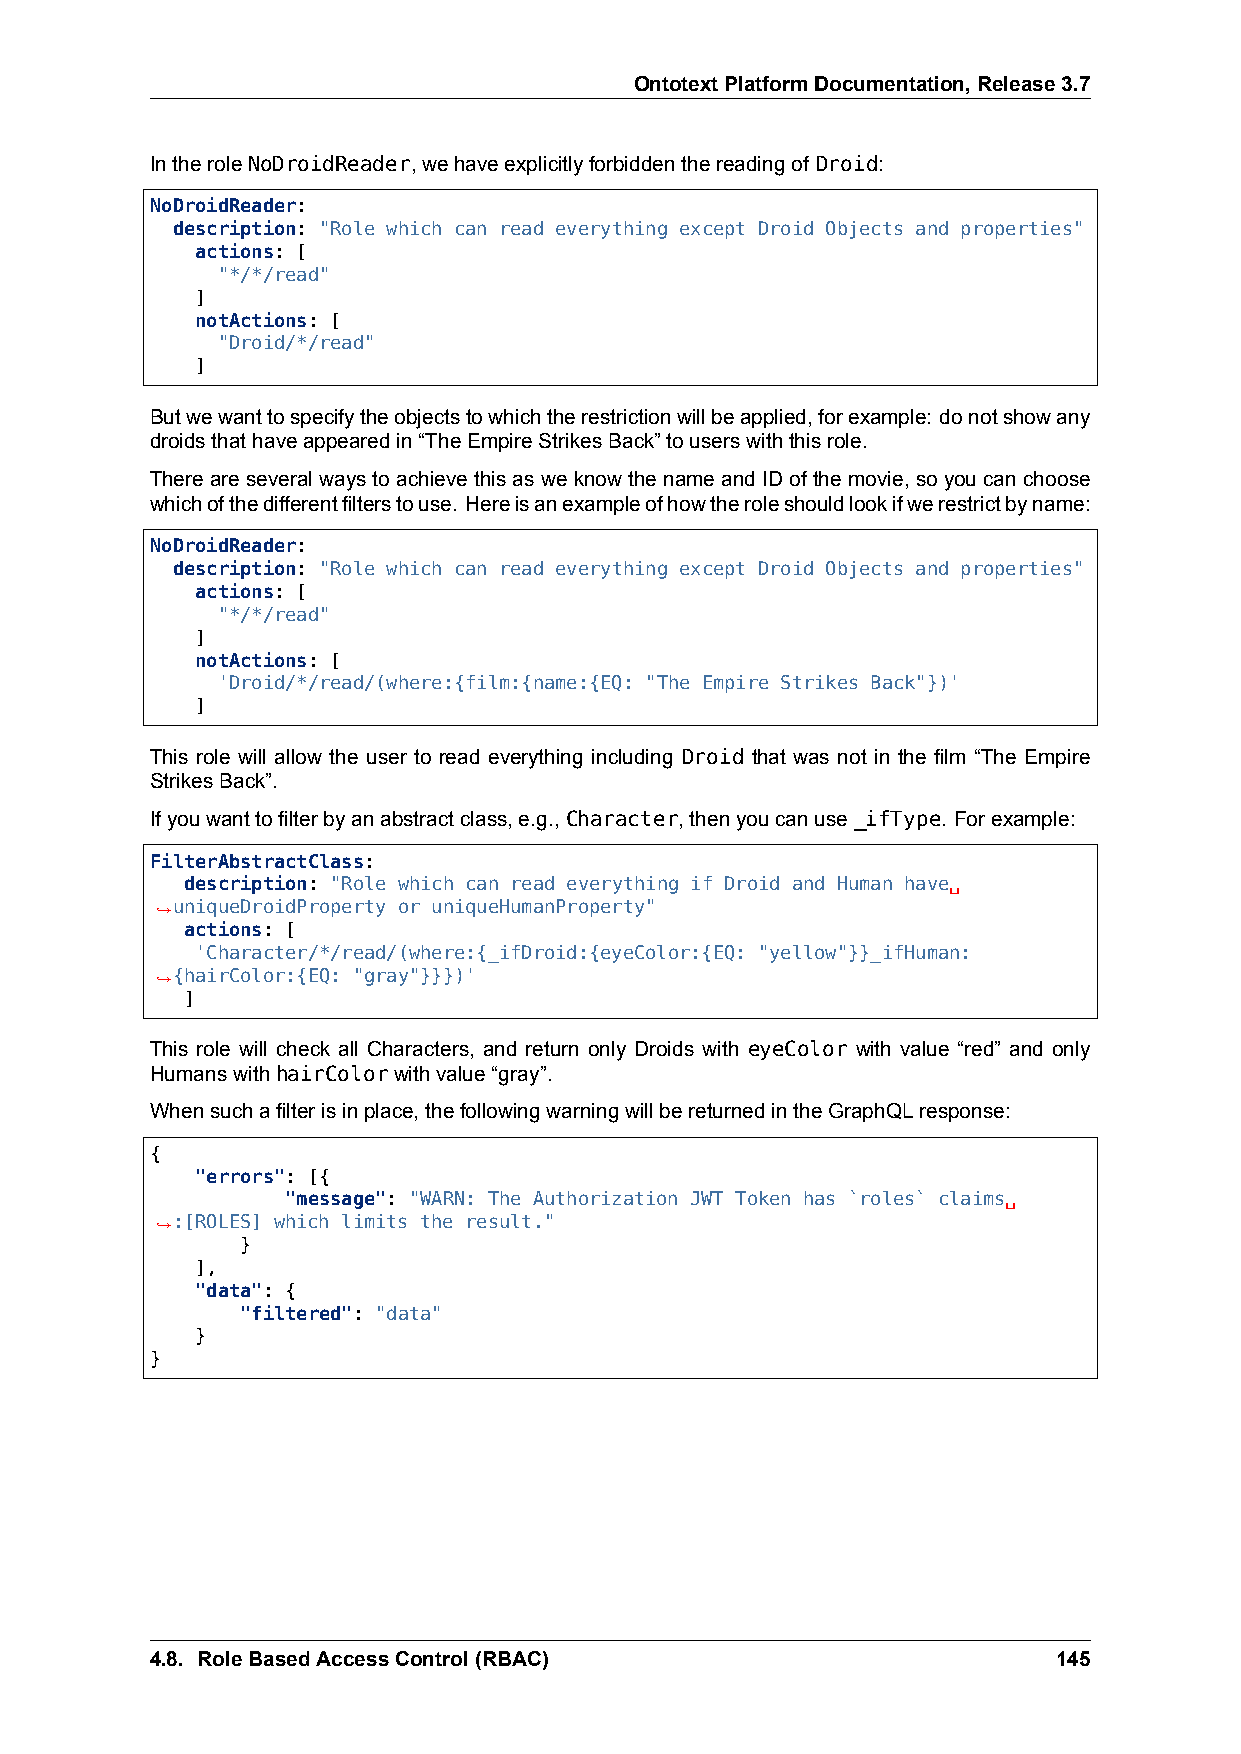
OntotextPlatformDocumentation,Release3.7
 IntheroleNoDroidReader,wehaveexplicitlyforbiddenthereadingof Droid:
 NoDroidReader:
 description: "Role which can read everything except Droid Objects and properties"
 actions: [
 "*/*/read"
 ]
 notActions: [
 "Droid/*/read"
 ]
 Butwewanttospecifytheobjectstowhichtherestrictionwillbeapplied,forexample: donotshowany
 droidsthathaveappearedin“TheEmpireStrikesBack”touserswiththisrole.
 ThereareseveralwaystoachievethisasweknowthenameandIDofthemovie, soyoucanchoose
 whichofthedifferentfilterstouse. Hereisanexampleofhowtheroleshouldlookifwerestrictbyname:
 NoDroidReader:
 description: "Role which can read everything except Droid Objects and properties"
 actions: [
 "*/*/read"
 ]
 notActions: [
 'Droid/*/read/(where:{film:{name:{EQ: "The Empire Strikes Back"})'
 ]
 This role will allow the user to read everything including Droid that was not in the film “The Empire
 StrikesBack”.
 Ifyouwanttofilterbyanabstractclass,e.g.,Character,thenyoucanuse_ifType. Forexample:
 FilterAbstractClass:
 description: "Role which can read everything if Droid and Human have␣
 ,→uniqueDroidProperty or uniqueHumanProperty"
 actions: [
 'Character/*/read/(where:{_ifDroid:{eyeColor:{EQ: "yellow"}}_ifHuman:
 ,→{hairColor:{EQ: "gray"}}})'
 ]
 This role will check all Characters, and return only Droids with eyeColor with value “red” and only
 HumanswithhairColorwithvalue“gray”.
 Whensuchafilterisinplace,thefollowingwarningwillbereturnedintheGraphQLresponse:
 {
 "errors": [{
 "message": "WARN: The Authorization JWT Token has `roles` claims␣
 ,→:[ROLES] which limits the result."
 }
 ],
 "data": {
 "filtered": "data"
 }
 }
 4.8. RoleBasedAccessControl(RBAC)                           145